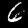
Digit: 6